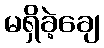
မရှိခဲ့ချေ